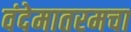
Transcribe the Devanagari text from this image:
वंदेमातरमचा